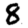
Digit: 8